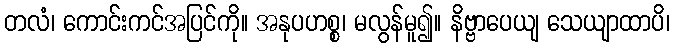
တလံ၊ ကောင်းကင်အပြင်ကို။ အနုပဟစ္စ၊ မလွန်မူ၍။ နိဗ္ဗာပေယျ သေယျာထာပိ၊